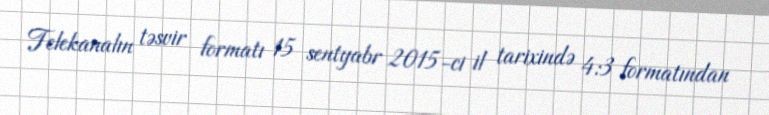
Telekanalın təsvir formatı 15 sentyabr 2015-ci il tarixində 4:3 formatından